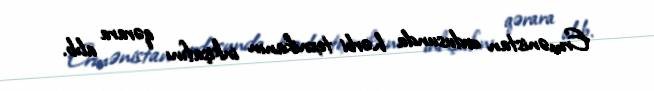
Ermənistan ordusunda hərbi texnikanın inkişafını qərara alıb.